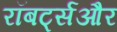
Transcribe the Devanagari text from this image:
रॉबर्ट्सऔर